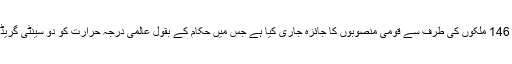
ماحولیاتی تبدیلی کو محدود کرنے کے لیے اقوام متحدہ نے 146 ملکوں کی طرف سے قومی منصوبوں کا جائزہ جاری کیا ہے جس میں حکام کے بقول عالمی درجہ حرارت کو دو سینٹی گریڈ کی حد سے نہ بڑھنے دینے کے لیے اقدام کا بتایا گیا ہے۔